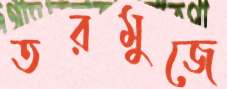
তরমুজে